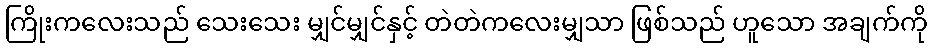
ကြိုးကလေးသည် သေးသေး မျှင်မျှင်နှင့် တဲတဲကလေးမျှသာ ဖြစ်သည် ဟူသော အချက်ကို